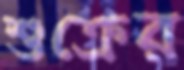
শুক্রের